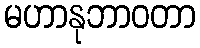
မဟာနုဘာဝတာ